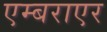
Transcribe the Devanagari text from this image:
एम्बराएर